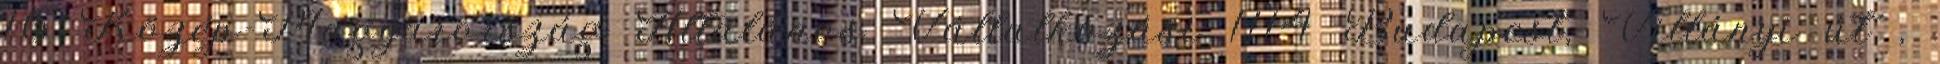
16 Közép-Magyarország Általános Vállalkozási 1114 Budapest, Villányi út ,